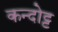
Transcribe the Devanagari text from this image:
कन्दोट्ट